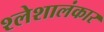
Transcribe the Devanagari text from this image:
श्लेशालंकार